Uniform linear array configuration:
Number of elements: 24
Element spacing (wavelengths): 1
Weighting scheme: kaiser
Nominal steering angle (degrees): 60
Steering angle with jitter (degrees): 58.593
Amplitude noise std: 0.05
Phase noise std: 0.05

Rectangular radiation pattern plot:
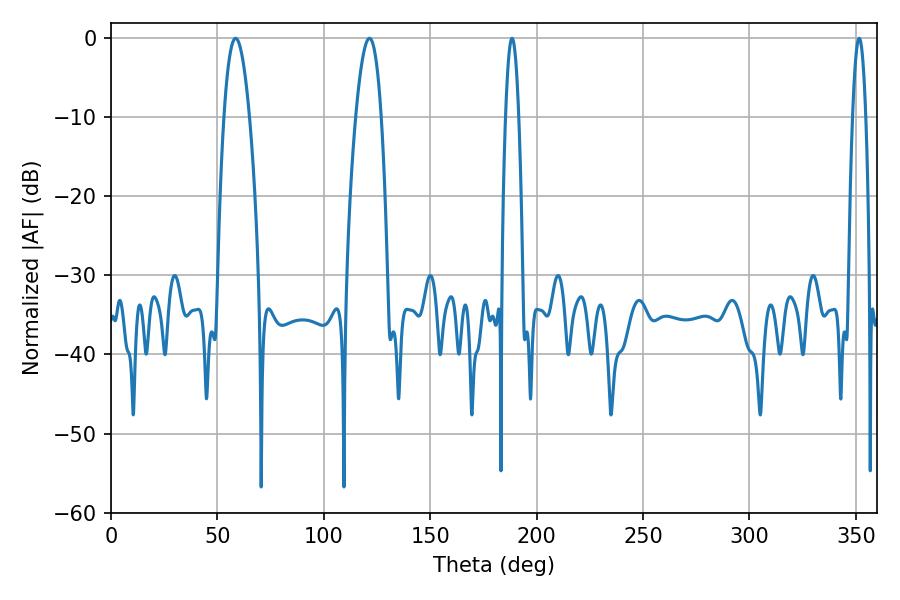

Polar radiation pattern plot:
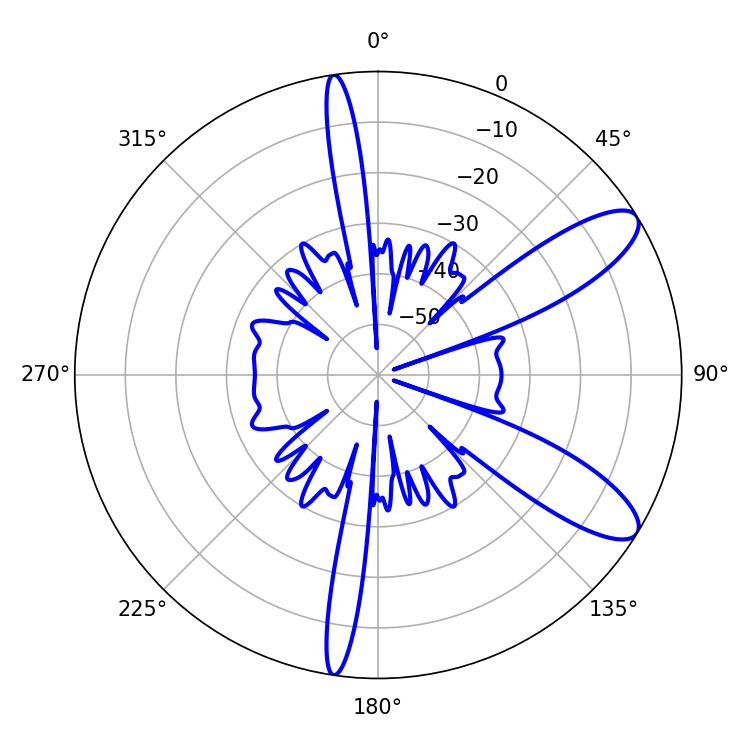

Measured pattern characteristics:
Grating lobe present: TRUE
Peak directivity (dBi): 10.163
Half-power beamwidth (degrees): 3.24
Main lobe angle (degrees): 351.54